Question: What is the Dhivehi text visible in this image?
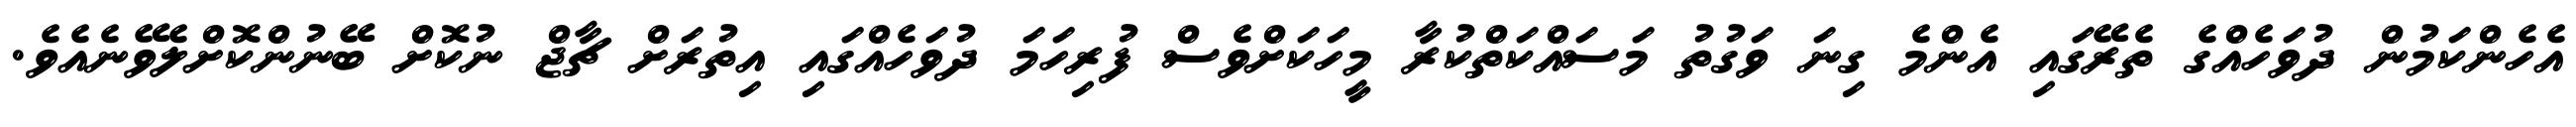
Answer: އެހެންކަމުން ދުވަހެއްގެ ތެރޭގައި އެންމެ ގިނަ ވަގުތު މަސައްކަތްކުރާ މީހަކަށްވެސް ފުރިހަމަ ދުވަހެއްގައި އިތުރަށް ޗާޖް ނުކޮށް ބޭނުންކޮށްލެވޭނެއެވެ.